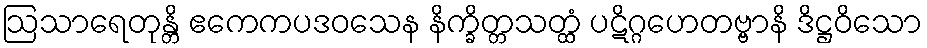
ဩသာရေတုန္တိ ဧကေကပဒဝသေန နိက္ခိတ္တသတ္ထံ ပဋိဂ္ဂဟေတဗ္ဗာနိ ဒိဋ္ဌဝိသော